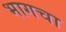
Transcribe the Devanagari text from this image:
भागचा